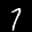
Label: 7